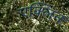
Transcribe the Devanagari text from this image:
एक्लिन